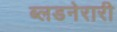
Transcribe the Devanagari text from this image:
ब्लडनेरारी